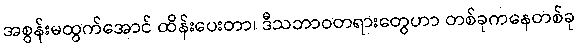
အစွန်းမထွက်အောင် ထိန်းပေးတာ၊ ဒီသဘာဝတရားတွေဟာ တစ်ခုကနေတစ်ခု